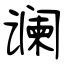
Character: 谰